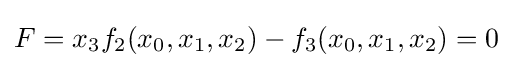
F=x_{3}f_{2}(x_{0},x_{1},x_{2})-f_{3}(x_{0},x_{1},x_{2})=0